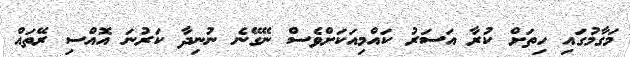
މަގާމުގައި ހިތަށް ކުރާ އަސަރު ކައްމިއަކަށްވެސް ނޭގޭނެ ނުނިދާ ކަރުނަ އޮއްސި ރޭތައް